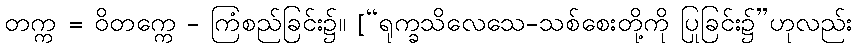
တက္က = ဝိတက္ကေ - ကြံစည်ခြင်း၌။ [“ရုက္ခသိလေသေ-သစ်စေးတို့ကို ပြုခြင်း၌”ဟုလည်း